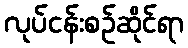
လုပ်ငန်းစဉ်ဆိုင်ရာ